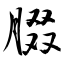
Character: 腏